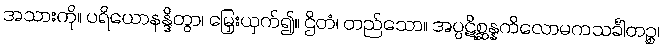
အသားကို။ ပရိယောနန္ဒိတွာ၊ မြှေးယှက်၍။ ဌိတံ၊ တည်သော။ အပ္ပဋိစ္ဆန္နကိလောမကသင်္ခါတဉ္စ၊